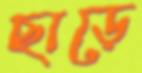
ছাড়ে